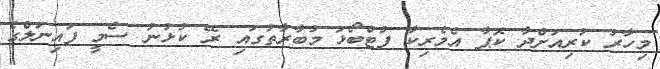
މިހާރު ކުރިއަށްދާ ކޮޕާ އެމެރިކާ ފުޓްބޯޅަ މުބާރާތުގައި ރޭ ކުޅުނު ސެމީ ފައިނަލްގެ